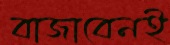
বাজাবেনই